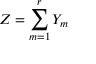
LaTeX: Z = \sum _ { m = 1 } ^ { r } Y _ { m }